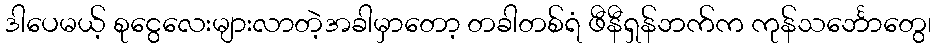
ဒါပေမယ့် စုငွေလေးများလာတဲ့အခါမှာတော့ တခါတစ်ရံ ဖီနီရှန်ဘက်က ကုန်သင်္ဘောတွေ၊